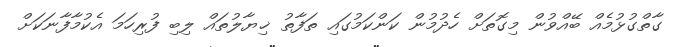
ގާތްގުޅުމެއް ބޭއްވުން މިގޮތަށް ހެދުމުން ކަންކަމުގައި ތަފާތު ޚިޔާލުތައް ލިބި ފުރިހަމަ އެކުމާފާނަކަށް